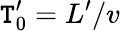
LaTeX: \mathtt{T}_{0}^{\prime}=L^{\prime}/v